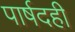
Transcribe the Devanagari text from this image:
पार्षदही